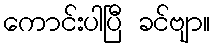
ကောင်းပါပြီ ခင်ဗျာ။